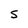
Character: S